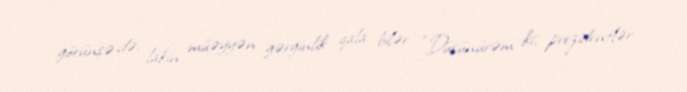
görünsə də, lakin müəyyən gərginlik qala bilər: “Düşünürəm ki, prezidentlər